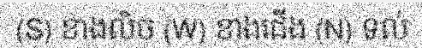
(S) ខាងលិច (W) ខាងជើង (N) ទល់